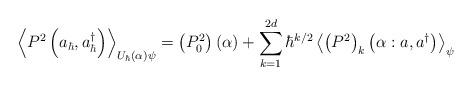
LaTeX: \begin{align*}\left\langle P^{2}\left( a_{\hbar},a_{\hbar}^{\dag}\right) \right\rangle_{U_{\hbar}\left( \alpha\right) \psi}=\left( P_{0}^{2}\right) \left(\alpha\right) +\sum_{k=1}^{2d}\hbar^{k/2}\left\langle \left( P^{2}\right)_{k}\left( \alpha:a,a^{\dag}\right) \right\rangle _{\psi} \end{align*}